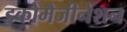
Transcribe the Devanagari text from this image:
इकोमैजीनेशन